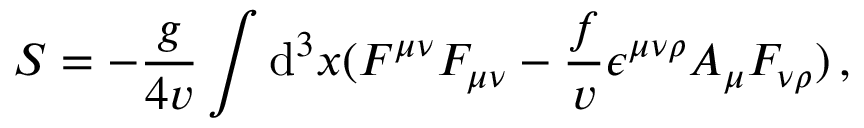
S = - \frac { g } { 4 { v } } \int \ensuremath { \operatorname { d } \! { } ^ { 3 } x ( F ^ { \mu \nu } } F _ { \mu \nu } - \frac { f } { v } \epsilon ^ { \mu \nu \rho } A _ { \mu } F _ { \nu \rho } ) \, ,